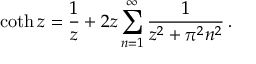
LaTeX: \coth z = \frac { 1 } { z } + 2 z \sum _ { n = 1 } ^ { \infty } \frac { 1 } { z ^ { 2 } + \pi ^ { 2 } n ^ { 2 } } \, { . }